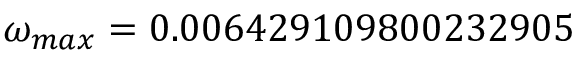
\omega _ { m a x } = 0 . 0 0 6 4 2 9 1 0 9 8 0 0 2 3 2 9 0 5